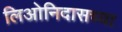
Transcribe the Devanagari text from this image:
लिओनिदासच्या